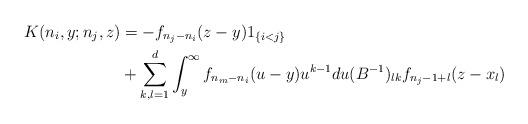
LaTeX: \begin{align*} K(n_i, y; n_j, z) & = - f_{n_j - n_i}(z - y) 1_{\{i < j\}} \\& + \sum_{k, l = 1}^d \int_{y}^{\infty} f_{n_m - n_i}(u-y)u^{k-1} du (B^{-1})_{lk} f_{n_j-1+l}(z - x_l)\end{align*}